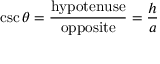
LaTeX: \csc \theta = { \frac { \mathrm { h y p o t e n u s e } } { \mathrm { o p p o s i t e } } } = { \frac { h } { a } }